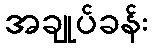
အချုပ်ခန်း